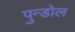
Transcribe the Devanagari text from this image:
पुन्डोल